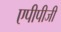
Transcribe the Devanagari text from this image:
एपीपीजी